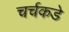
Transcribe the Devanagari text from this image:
चर्चकडे